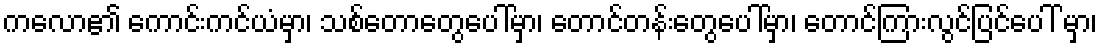
ကလော၏ ကောင်းကင်ယံမှာ၊ သစ်တောတွေပေါ်မှာ၊ တောင်တန်းတွေပေါ်မှာ၊ တောင်ကြားလွင်ပြင်ပေါ် မှာ၊